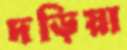
দড়িয়া